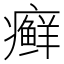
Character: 癣